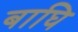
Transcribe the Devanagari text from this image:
बाघि